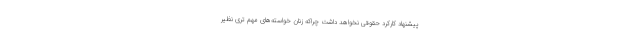
پیشنهاد کارکرد حقوقی نخواهد داشت چراکه زنان خواسته‌های مهم تری نظیر